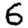
Digit: 6